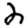
Digit: 2